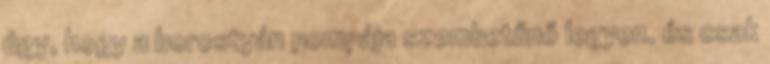
úgy, hogy a borostyán pompája szembetűnő legyen, és csak